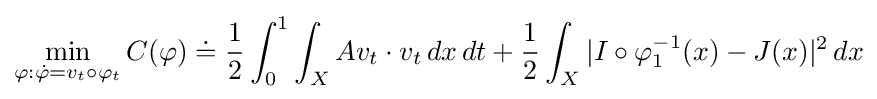
\min _{\varphi :{\dot {\varphi }}=v_{t}\circ \varphi _{t}}C(\varphi )\doteq {\frac {1}{2}}\int _{0}^{1}\int _{X}Av_{t}\cdot v_{t}\,dx\,dt+{\frac {1}{2}}\int _{X}|I\circ \varphi _{1}^{-1}(x)-J(x)|^{2}\,dx